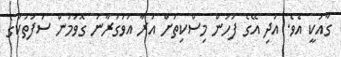
ގާއުކީ އެވެ. އަދި އޭގެ ފަހުން މިސްކިތަށް އަރާ އަވަގުރާނަ ގޮވަމުން ސަފުތަކުގެ